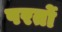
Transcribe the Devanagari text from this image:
परर्तो